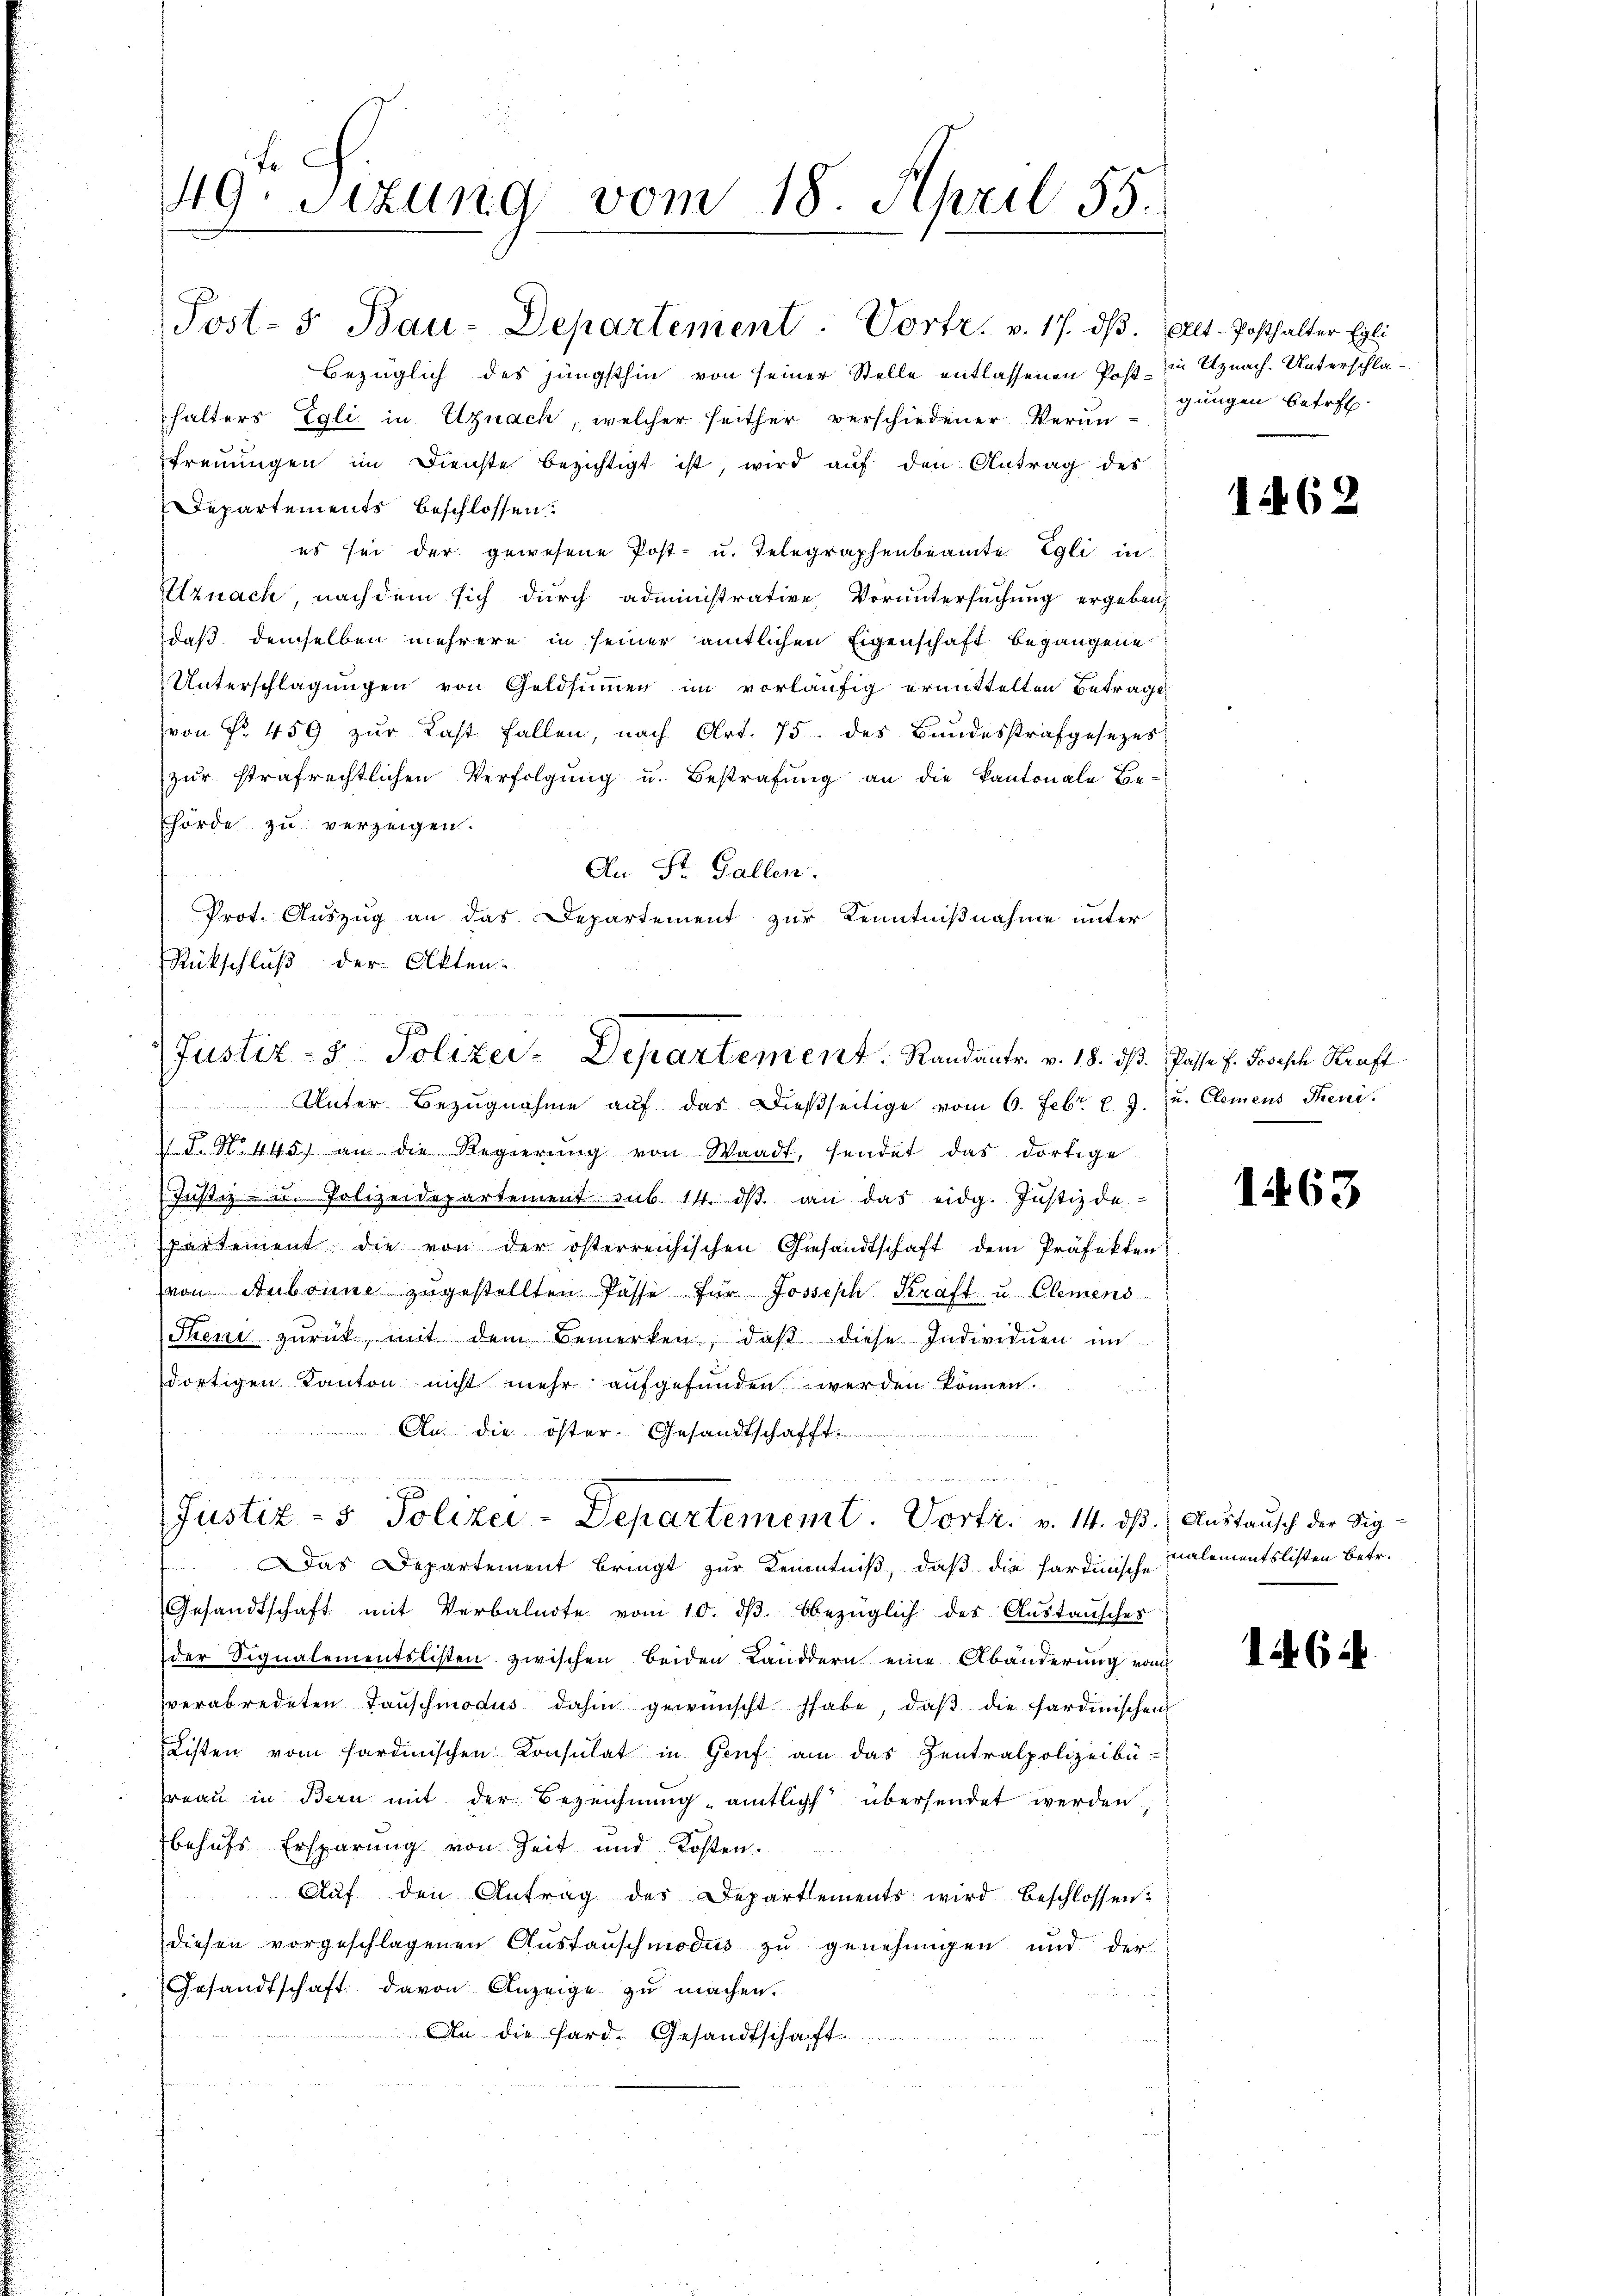
49.sizung vom 18. April 55.

Post- & Bau-Departement. Vortr. v. 17. dβ. (Alt-Posthalter Egli
Bezüglich des jüngsthin von seiner Stelle entlassenen Post in Uznach. Unterschlahalters Egli in Egnack, welcher seither verschiedener Verantreuungen im Dienste bezichtigt ist, wird auf den Antrag des
Departements beschlossen:
es sei der gewesene Post- u. Telegraphenbeamte Egli in
Elznach, nachdem sich durch administrative Voruntersuchung ergeben,
daß demselben mehrere in seiner amtlichen Eigenschaft begangene
Unterschlagungen von Geldsummen im vorläufig ermittelten Betrage
(von Fr. 459 zur Last fallen, nach Art. 75 des Bundesstrafgesezes
zur strafrechtlichen Verfolgung u. Bestrafung an die Kantonale Be-
Ehörde zu verzeigen.
An St. Gallen.
Prot. Auszug an das Departement zur Kenntnißnahme unter
Rückschluß der Akten-

Justiz- & Polizer-Departement. Randantr. v. 18. ds. Pässe 7. Joseph Kraft

Unter Bezugnahme auf das dießseitige vom 6. Febr. l. J. u. Clemens Theni
 N. N. 445. an die Regierŭng von Waadt, sendet das dortige
Justiz- u. Polizeidepartement sub 14. dβ an das eidg. Justizde
partement die von der österreichischen Gesandtschaft dem Präfekten
von Aubonne zŭgestellten Pässe für Joseph Kraft u. Clemens
Then zŭrück, mit dem Bemerken, daβ diese Individuen im
dortigen Kanton nicht mehr aufgefunden werden können.
An die öster. Gesandtschafft.
.

Justiz- & Polizei-Departement. Vortr. v. 14. dβ.; Austausch der Sig-

gungen betref

1462

Das Departement bringt zur Kenntniß, daß die sardinische
Gesandtschaft mit Verbalnote vom 10. dβ. bbezüglich des Aŭstaŭscher
der Signalementslisten zwischen beiden Landern eine Abänderung vom
verabredeten Tauschmodus dahin gewünscht habe, daß die sardinischen
Listen vom sardinischen Konsulat in Genf am das Zentralpolizeibü-
Freau in Bern mit der Bezeichnung amtlich übersendet werden,
behufs Ersparung von Zeit und Kosten.
Aŭf den Antrag der Departements wird beschlossen:
diesen vorgeschlagenen Austauschmodus zu genehmigen und der
Gesandtschaft davon Anzeige zu machen.
An die Sard. Gesandtschaft

1463

nalementslisten betr.

1464